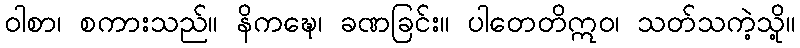
ဝါစာ၊ စကားသည်။ နိကဍ္ဎေ၊ ခဏခြင်း။ ပါတေတိဣဝ၊ သတ်သကဲ့သို့။